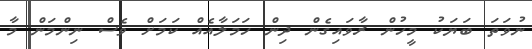
ނުވަތަ ބަޔަކު މީހުން ރާވައިގެން ދިން ހަމަލާއެއް ކަމަށް ވެސް ނިންމަން މާ